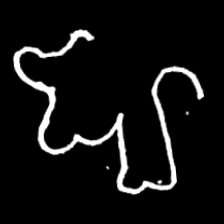
Pyu character \u2014 Myanmar letter: ဈ (romanized: jha)